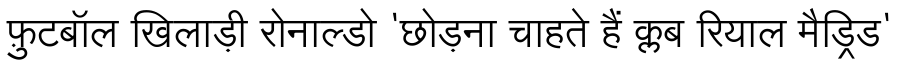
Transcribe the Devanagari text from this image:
फ़ुटबॉल खिलाड़ी रोनाल्डो 'छोड़ना चाहते हैं क्लब रियाल मैड्रिड'